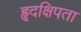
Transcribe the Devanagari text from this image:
हृदक्षिपता